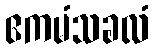
ဧကမံသခလံ